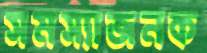
সমস্যাজনক